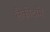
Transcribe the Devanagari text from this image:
लैकोटामें